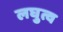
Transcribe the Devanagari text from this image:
लघुत्व